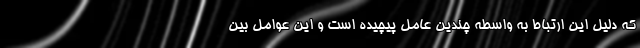
که دلیل این ارتباط به واسطه چندین عامل پیچیده است و این عوامل بین